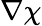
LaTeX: \nabla\chi